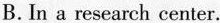
B. In a research center.